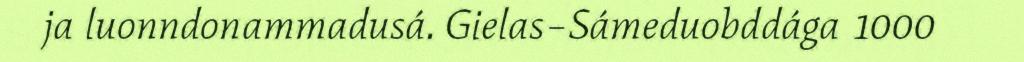
ja luonndonammadusá. Gielas–Sámeduobddága 1000